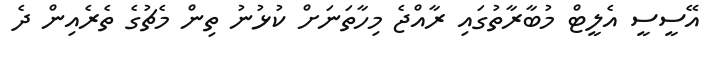
އޭސީސީ އެލީޓް މުބާރާތުގައި ރާއްޖެ މިހާތަނަށް ކުޅުނު ތިން މެޗުގެ ތެރެއިން ދެ